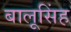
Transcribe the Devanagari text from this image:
बालूसिंह